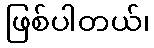
ဖြစ်ပါတယ်၊